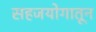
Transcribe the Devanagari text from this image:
सहजयोगातून